Lunatic asylums in Bengal annual reports 1912-1924 - 1912-1924
Year: 1912
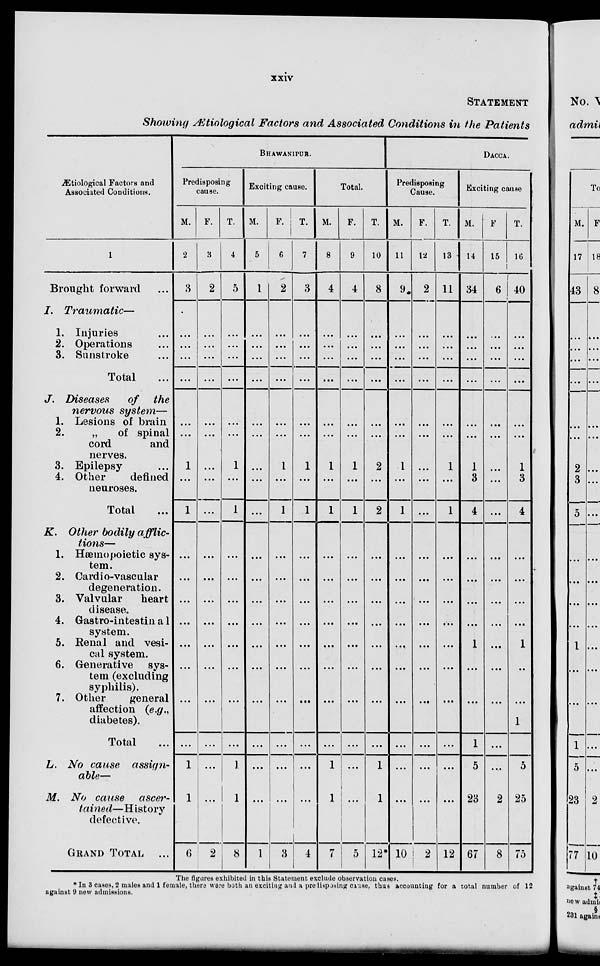
xxiv
STATEMENT
Showing Ætiological Factors and Associated Conditions in the Patients
Ætiological Factors and
Associated Conditions.
1
Brought forward ...
J.
Traumatic—
1. Injuries ...
2. Operations ...
3. Sunstroke ...
Total ...
7. Diseases
of the
nervous system—
1. Lesions of brain
2.
„
of spinal
cord
and
nerves.
3. Epilepsy ...
4. Other
defined
neuroses.
Total ...
K. Other bodily afflic-
tions—
1. Hæmopoietic sys-
tem.
2. Cardio-vascular
degeneration.
3. Valvular
heart
disease.
4. Gastro-intestinal
system.
5. Renal and vesi-
cal system.
6. Generative sys-
tem (excluding
syphilis).
7. Other
general
affection (e.g.,
diabetes).
Total ...
L. No cause
assign-
able—
M. No cause
ascer-
tained—History
defective.
GRAND TOTAL ...
BHAWANIPUR.
Predisposing
cause.
M.
2
3
...
...
...
...
...
...
1
...
1
...
...
...
...
...
...
...
...
1
1
6
F.
3
2
...
...
...
...
...
...
...
...
...
...
...
...
...
...
...
...
...
...
...
2
T.
4
5
...
...
...
...
...
...
1
...
1
...
...
...
...
...
...
...
...
1
1
8
Exciting cause.
M.
5
1
...
...
...
...
...
...
...
...
...
...
...
...
...
...
...
...
...
...
...
1
F.
6
2
...
...
...
...
...
...
1
...
1
...
...
...
...
...
...
...
...
...
...
3
T.
7
3
...
...
...
...
...
...
1
...
1
...
...
...
...
...
...
....
...
...
...
4
Total.
M.
8
4
...
...
...
...
...
...
1
...
1
...
...
...
...
...
...
...
...
1
1
7
F.
9
4
...
...
...
...
...
...
1
...
1
...
...
...
...
...
...
...
...
...
...
5
T.
10
8
...
...
...
...
...
...
2
...
2
...
...
...
...
...
...
...
...
1
1
12*
DACCA.
Predisposing
Cause.
M.
11
9
...
...
...
...
...
...
1
...
1
...
...
...
...
...
...
...
...
...
...
10
F.
12
2
...
...
...
...
...
...
...
...
...
...
...
...
...
...
...
....
...
...
...
2
T.
13
11
...
...
...
...
...
...
1
...
1
...
...
...
...
...
...
...
...
...
...
12
Exciting cause
M.
14
34
...
...
...
...
...
...
1
3
4
...
...
...
...
1
...
...
1
5
23
67
F
15
6
...
...
...
...
...
...
...
...
...
...
...
...
...
...
...
...
...
...
2
8
T.
16
40
...
...
...
...
...
...
1
3
4
...
...
...
...
1
...
...
1
5
25
75
The figures exhibited in this Statement exclude observation cases.
* In 3 cases, 2 males and 1 female, there were both an exciting and a predisposing cause, thus accounting for a total number of 12
against 9 new admissions.